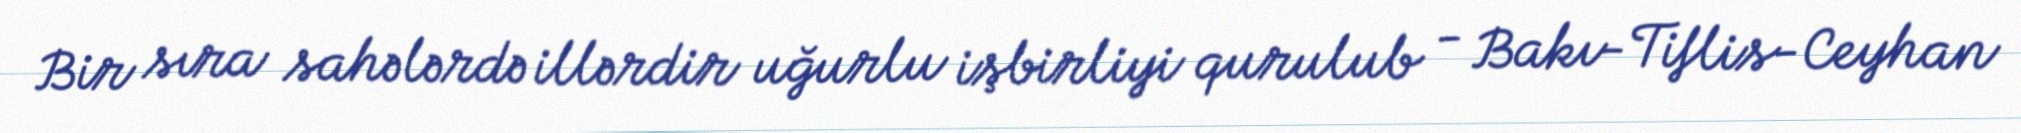
Bir sıra sahələrdə illərdir uğurlu işbirliyi qurulub - Bakı-Tiflis-Ceyhan